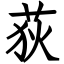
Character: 荻